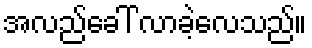
အလည်ခေါ် လာခဲ့လေသည်။